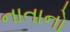
નાતાનો